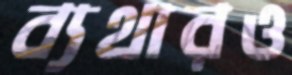
ব্যথারও